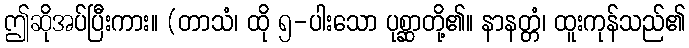
ဤဆိုအပ်ပြီးကား။ (တာသံ၊ ထို ၅-ပါးသော ပုစ္ဆာတို့၏။ နာနတ္တံ၊ ထူးကုန်သည်၏